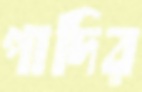
পাদির